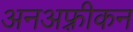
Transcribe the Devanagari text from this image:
अनअफ़्रीकन